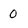
Character: 0